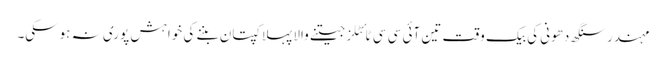
مہندر سنگھ دھونی کی بیک وقت تین آئی سی سی ٹائٹلز جیتنے والا پہلا کپتان بننے کی خواہش پوری نہ ہوسکی۔